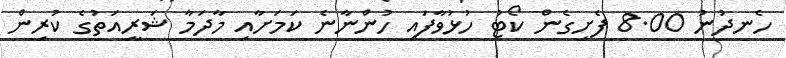
ހެނދުނު 8.00 ފެށިގެން ކޯޓު ހުޅުވާފައި ހުންނާނެ ކަމަށާއި މާދަމާ ޝަރީއަތުގެ ކުރިން